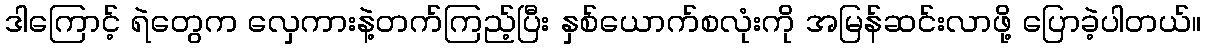
ဒါကြောင့် ရဲတွေက လှေကားနဲ့တက်ကြည့်ပြီး နှစ်ယောက်စလုံးကို အမြန်ဆင်းလာဖို့ ပြောခဲ့ပါတယ်။